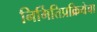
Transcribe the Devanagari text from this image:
निर्मितिप्रक्रियेचा